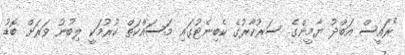
"ރައީސް އަބްދު ޔާމީންގެ ސަރުކާރުގެ ކެބިނެޓުގައި މަސައްކަތް ކުރުމަކީ ލިބުނު ވަރަށް ބޮޑު